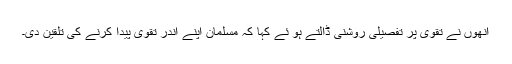
انھوں نے تقوی پر تفصیلی روشنی ڈالتے ہو ئے کہا کہ مسلمان اپنے اندر تقوی پیدا کرنے کی تلقین دی۔